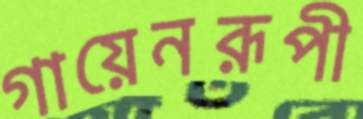
গায়েনরূপী